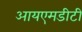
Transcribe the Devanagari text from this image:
आयएमडीटी